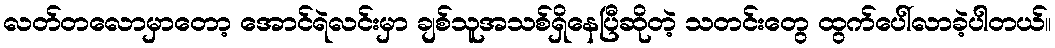
လတ်တလောမှာတော့ အောင်ရဲလင်းမှာ ချစ်သူအသစ်ရှိနေပြီဆိုတဲ့ သတင်းတွေ ထွက်ပေါ်လာခဲ့ပါတယ်။